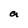
Character: a